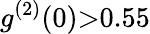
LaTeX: g^{(2)}(0){>}0.55